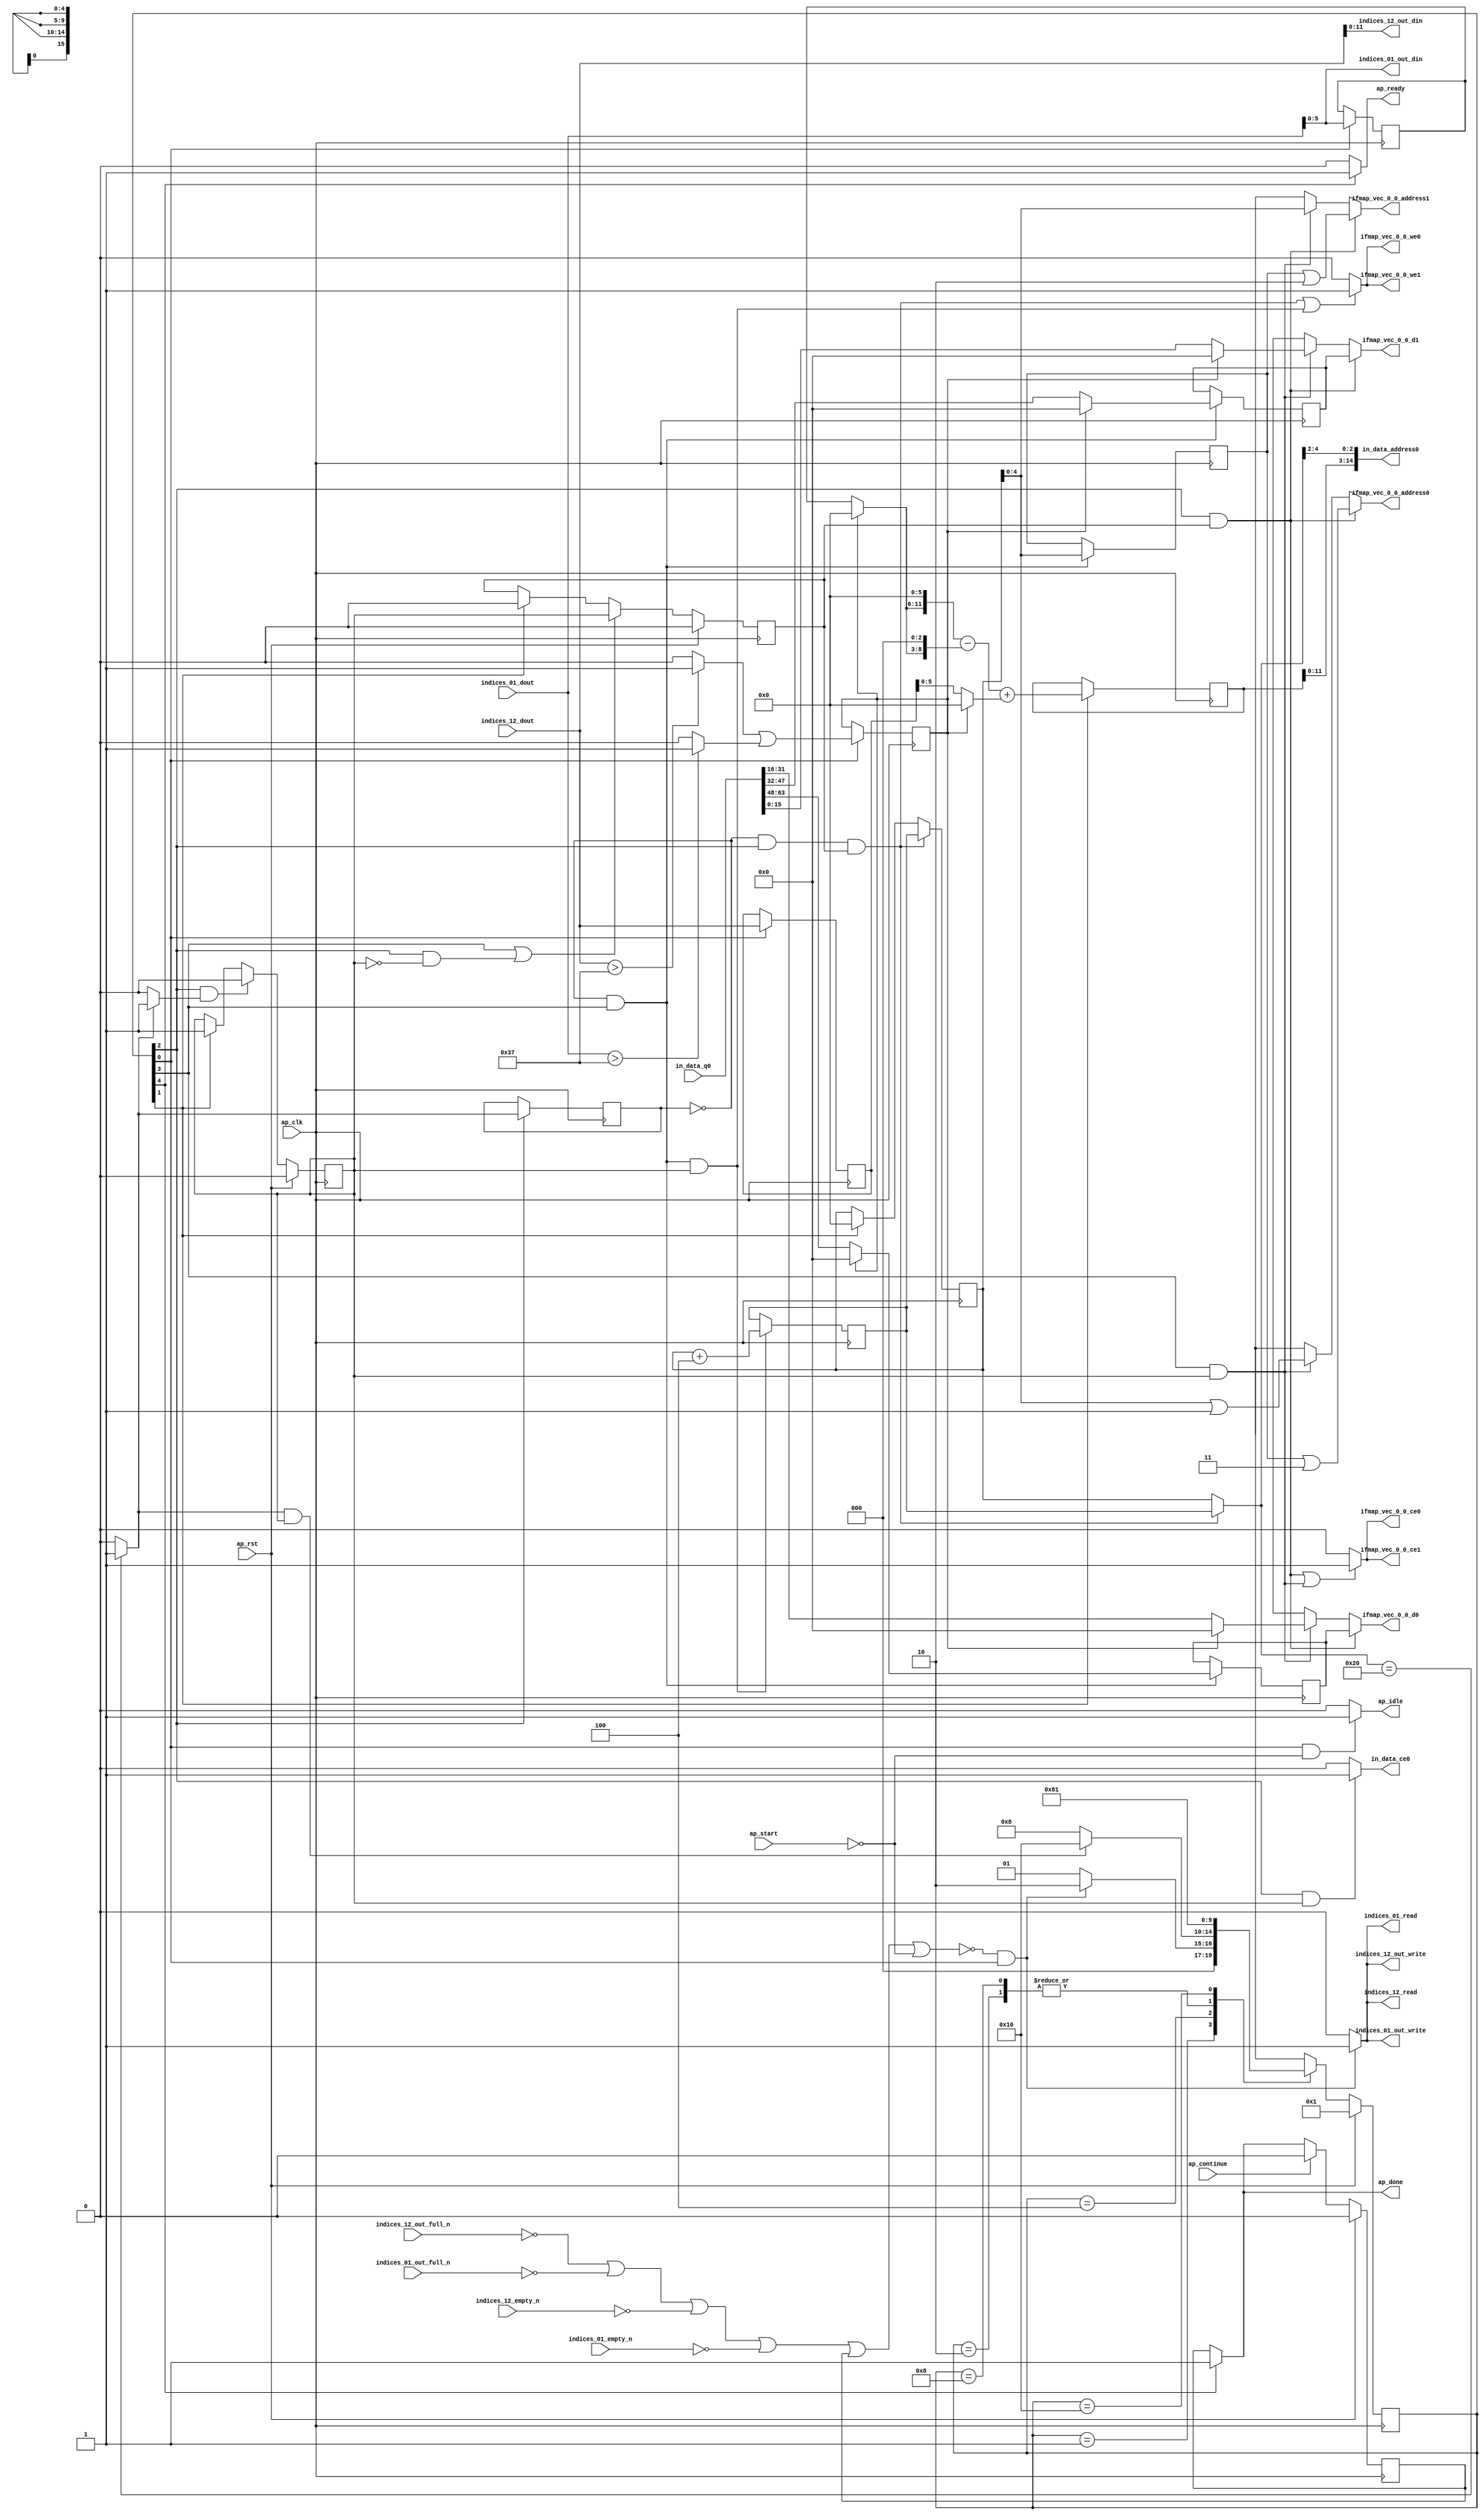
`define EXPONENT 5
`define MANTISSA 10
`define ACTUAL_MANTISSA 11
`define EXPONENT_LSB 10
`define EXPONENT_MSB 14
`define MANTISSA_LSB 0
`define MANTISSA_MSB 9
`define MANTISSA_MUL_SPLIT_LSB 3
`define MANTISSA_MUL_SPLIT_MSB 9
`define SIGN 1
`define SIGN_LOC 15
`define DWIDTH (`SIGN+`EXPONENT+`MANTISSA)
`define IEEE_COMPLIANCE 1

module td_fused_top_tdf3_readInputs (
        ap_clk,
        ap_rst,
        ap_start,
        ap_done,
        ap_continue,
        ap_idle,
        ap_ready,
        in_data_address0,
        in_data_ce0,
        in_data_q0,
        indices_01_dout,
        indices_01_empty_n,
        indices_01_read,
        indices_12_dout,
        indices_12_empty_n,
        indices_12_read,
        ifmap_vec_0_0_address0,
        ifmap_vec_0_0_ce0,
        ifmap_vec_0_0_we0,
        ifmap_vec_0_0_d0,
        ifmap_vec_0_0_address1,
        ifmap_vec_0_0_ce1,
        ifmap_vec_0_0_we1,
        ifmap_vec_0_0_d1,
        indices_01_out_din,
        indices_01_out_full_n,
        indices_01_out_write,
        indices_12_out_din,
        indices_12_out_full_n,
        indices_12_out_write
);

parameter    ap_ST_fsm_state1 = 5'd1;
parameter    ap_ST_fsm_state2 = 5'd2;
parameter    ap_ST_fsm_pp0_stage0 = 5'd4;
parameter    ap_ST_fsm_pp0_stage1 = 5'd8;
parameter    ap_ST_fsm_state6 = 5'd16;

input   ap_clk;
input   ap_rst;
input   ap_start;
output   ap_done;
input   ap_continue;
output   ap_idle;
output   ap_ready;
output  [14:0] in_data_address0;
output   in_data_ce0;
input  [63:0] in_data_q0;
input  [15:0] indices_01_dout;
input   indices_01_empty_n;
output   indices_01_read;
input  [15:0] indices_12_dout;
input   indices_12_empty_n;
output   indices_12_read;
output  [4:0] ifmap_vec_0_0_address0;
output   ifmap_vec_0_0_ce0;
output   ifmap_vec_0_0_we0;
output  [15:0] ifmap_vec_0_0_d0;
output  [4:0] ifmap_vec_0_0_address1;
output   ifmap_vec_0_0_ce1;
output   ifmap_vec_0_0_we1;
output  [15:0] ifmap_vec_0_0_d1;
output  [5:0] indices_01_out_din;
input   indices_01_out_full_n;
output   indices_01_out_write;
output  [11:0] indices_12_out_din;
input   indices_12_out_full_n;
output   indices_12_out_write;

reg ap_done;
reg ap_idle;
reg ap_ready;
reg in_data_ce0;
reg indices_01_read;
reg indices_12_read;
reg[4:0] ifmap_vec_0_0_address0;
reg ifmap_vec_0_0_ce0;
reg ifmap_vec_0_0_we0;
reg[15:0] ifmap_vec_0_0_d0;
reg[4:0] ifmap_vec_0_0_address1;
reg ifmap_vec_0_0_ce1;
reg ifmap_vec_0_0_we1;
reg[15:0] ifmap_vec_0_0_d1;
reg indices_01_out_write;
reg indices_12_out_write;

reg    ap_done_reg;
  reg   [4:0] ap_CS_fsm;
wire    ap_CS_fsm_state1;
reg    indices_01_blk_n;
reg    indices_12_blk_n;
reg    indices_01_out_blk_n;
reg    indices_12_out_blk_n;
reg   [5:0] kk_0_i_i_reg_178;
wire   [5:0] trunc_ln165_fu_190_p1;
reg   [5:0] trunc_ln165_reg_432;
reg   [15:0] col_coord_reg_437;
wire   [0:0] is_padding_fu_212_p2;
reg   [0:0] is_padding_reg_442;
wire   [13:0] add_ln32_fu_272_p2;
reg   [13:0] add_ln32_reg_452;
wire    ap_CS_fsm_state2;
wire   [0:0] icmp_ln25_fu_278_p2;
reg   [0:0] icmp_ln25_reg_457;
wire    ap_CS_fsm_pp0_stage0;
wire    ap_block_state3_pp0_stage0_iter0;
wire    ap_block_state5_pp0_stage0_iter1;
wire    ap_block_pp0_stage0_11001;
wire   [5:0] add_ln25_fu_306_p2;
reg   [5:0] add_ln25_reg_466;
wire    ap_CS_fsm_pp0_stage1;
reg    ap_enable_reg_pp0_iter0;
wire    ap_block_state4_pp0_stage1_iter0;
wire    ap_block_pp0_stage1_11001;
wire   [4:0] empty_117_fu_317_p1;
reg   [4:0] empty_117_reg_471;
wire   [15:0] select_ln33_16_fu_384_p3;
reg   [15:0] select_ln33_16_reg_477;
wire   [15:0] select_ln33_17_fu_405_p3;
reg   [15:0] select_ln33_17_reg_482;
wire    ap_block_pp0_stage0_subdone;
reg    ap_condition_pp0_exit_iter0_state3;
reg    ap_enable_reg_pp0_iter1;
wire    ap_block_pp0_stage1_subdone;
reg   [5:0] ap_phi_mux_kk_0_i_i_phi_fu_182_p4;
wire    ap_block_pp0_stage0;
wire   [63:0] sext_ln32_fu_301_p1;
wire   [63:0] kk_0_cast4_i_i_fu_312_p1;
wire    ap_block_pp0_stage1;
wire   [63:0] zext_ln32_13_fu_343_p1;
wire   [63:0] zext_ln32_14_fu_417_p1;
wire   [63:0] zext_ln32_15_fu_427_p1;
reg    ap_block_state1;
wire   [15:0] select_ln33_fu_329_p3;
wire   [15:0] select_ln33_15_fu_362_p3;
wire   [0:0] cmp7_i_i_fu_200_p2;
wire   [0:0] icmp_ln24_fu_206_p2;
wire   [5:0] empty_115_fu_218_p1;
wire   [5:0] row_coord_int_fu_221_p3;
wire   [11:0] tmp_fu_234_p3;
wire   [8:0] tmp_s_fu_246_p3;
wire   [12:0] zext_ln32_fu_242_p1;
wire   [12:0] zext_ln32_34_fu_254_p1;
wire   [12:0] sub_ln32_fu_258_p2;
wire   [5:0] col_coord_int_fu_227_p3;
wire   [13:0] sub_ln32_cast_fu_264_p1;
wire   [13:0] zext_ln32_35_fu_268_p1;
wire   [2:0] lshr_ln_fu_284_p4;
wire   [16:0] tmp_60_fu_294_p3;
wire   [15:0] trunc_ln32_fu_321_p1;
wire   [15:0] bitcast_ln32_fu_325_p1;
wire   [4:0] or_ln25_fu_337_p2;
wire   [15:0] tmp_224_i_i_fu_348_p4;
wire   [15:0] bitcast_ln32_7_fu_358_p1;
wire   [15:0] tmp_225_i_i_fu_370_p4;
wire   [15:0] bitcast_ln32_8_fu_380_p1;
wire   [15:0] tmp_226_i_i_fu_391_p4;
wire   [15:0] bitcast_ln32_9_fu_401_p1;
wire   [4:0] or_ln25_5_fu_412_p2;
wire   [4:0] or_ln25_6_fu_422_p2;
wire    ap_CS_fsm_state6;
reg   [4:0] ap_NS_fsm;
reg    ap_idle_pp0;
wire    ap_enable_pp0;
wire    ap_ce_reg;

// power-on initialization
initial begin
#0 ap_done_reg = 1'b0;
#0 ap_CS_fsm = 5'd1;
#0 ap_enable_reg_pp0_iter0 = 1'b0;
#0 ap_enable_reg_pp0_iter1 = 1'b0;
end

always @ (posedge ap_clk) begin
    if (ap_rst == 1'b1) begin
        ap_CS_fsm <= ap_ST_fsm_state1;
    end else begin
        ap_CS_fsm <= ap_NS_fsm;
    end
end

always @ (posedge ap_clk) begin
    if (ap_rst == 1'b1) begin
        ap_done_reg <= 1'b0;
    end else begin
        if ((ap_continue == 1'b1)) begin
            ap_done_reg <= 1'b0;
        end else if ((1'b1 == ap_CS_fsm_state6)) begin
            ap_done_reg <= 1'b1;
        end
    end
end

always @ (posedge ap_clk) begin
    if (ap_rst == 1'b1) begin
        ap_enable_reg_pp0_iter0 <= 1'b0;
    end else begin
        if (((1'b0 == ap_block_pp0_stage0_subdone) & (1'b1 == ap_CS_fsm_pp0_stage0) & (1'b1 == ap_condition_pp0_exit_iter0_state3))) begin
            ap_enable_reg_pp0_iter0 <= 1'b0;
        end else if ((1'b1 == ap_CS_fsm_state2)) begin
            ap_enable_reg_pp0_iter0 <= 1'b1;
        end
    end
end

always @ (posedge ap_clk) begin
    if (ap_rst == 1'b1) begin
        ap_enable_reg_pp0_iter1 <= 1'b0;
    end else begin
        if ((((1'b0 == ap_block_pp0_stage1_subdone) & (1'b1 == ap_CS_fsm_pp0_stage1)) | ((1'b0 == ap_block_pp0_stage0_subdone) & (1'b1 == ap_CS_fsm_pp0_stage0) & (ap_enable_reg_pp0_iter0 == 1'b0)))) begin
            ap_enable_reg_pp0_iter1 <= ap_enable_reg_pp0_iter0;
        end else if ((1'b1 == ap_CS_fsm_state2)) begin
            ap_enable_reg_pp0_iter1 <= 1'b0;
        end
    end
end

always @ (posedge ap_clk) begin
    if (((1'b0 == ap_block_pp0_stage0_11001) & (icmp_ln25_reg_457 == 1'd0) & (1'b1 == ap_CS_fsm_pp0_stage0) & (ap_enable_reg_pp0_iter1 == 1'b1))) begin
        kk_0_i_i_reg_178 <= add_ln25_reg_466;
    end else if ((1'b1 == ap_CS_fsm_state2)) begin
        kk_0_i_i_reg_178 <= 6'd0;
    end
end

always @ (posedge ap_clk) begin
    if (((1'b0 == ap_block_pp0_stage1_11001) & (icmp_ln25_reg_457 == 1'd0) & (1'b1 == ap_CS_fsm_pp0_stage1) & (ap_enable_reg_pp0_iter0 == 1'b1))) begin
        add_ln25_reg_466 <= add_ln25_fu_306_p2;
    end
end

always @ (posedge ap_clk) begin
    if ((1'b1 == ap_CS_fsm_state2)) begin
        add_ln32_reg_452 <= add_ln32_fu_272_p2;
    end
end

always @ (posedge ap_clk) begin
    if ((1'b1 == ap_CS_fsm_state1)) begin
        col_coord_reg_437 <= indices_12_dout;
        is_padding_reg_442 <= is_padding_fu_212_p2;
        trunc_ln165_reg_432 <= trunc_ln165_fu_190_p1;
    end
end

always @ (posedge ap_clk) begin
    if (((1'b0 == ap_block_pp0_stage1_11001) & (icmp_ln25_reg_457 == 1'd0) & (1'b1 == ap_CS_fsm_pp0_stage1))) begin
        empty_117_reg_471 <= empty_117_fu_317_p1;
        select_ln33_16_reg_477 <= select_ln33_16_fu_384_p3;
        select_ln33_17_reg_482 <= select_ln33_17_fu_405_p3;
    end
end

always @ (posedge ap_clk) begin
    if (((1'b0 == ap_block_pp0_stage0_11001) & (1'b1 == ap_CS_fsm_pp0_stage0))) begin
        icmp_ln25_reg_457 <= icmp_ln25_fu_278_p2;
    end
end

always @ (*) begin
    if ((icmp_ln25_fu_278_p2 == 1'd1)) begin
        ap_condition_pp0_exit_iter0_state3 = 1'b1;
    end else begin
        ap_condition_pp0_exit_iter0_state3 = 1'b0;
    end
end

always @ (*) begin
    if ((1'b1 == ap_CS_fsm_state6)) begin
        ap_done = 1'b1;
    end else begin
        ap_done = ap_done_reg;
    end
end

always @ (*) begin
    if (((1'b1 == ap_CS_fsm_state1) & (ap_start == 1'b0))) begin
        ap_idle = 1'b1;
    end else begin
        ap_idle = 1'b0;
    end
end

always @ (*) begin
    if (((ap_enable_reg_pp0_iter1 == 1'b0) & (ap_enable_reg_pp0_iter0 == 1'b0))) begin
        ap_idle_pp0 = 1'b1;
    end else begin
        ap_idle_pp0 = 1'b0;
    end
end

always @ (*) begin
    if (((1'b0 == ap_block_pp0_stage0) & (icmp_ln25_reg_457 == 1'd0) & (1'b1 == ap_CS_fsm_pp0_stage0) & (ap_enable_reg_pp0_iter1 == 1'b1))) begin
        ap_phi_mux_kk_0_i_i_phi_fu_182_p4 = add_ln25_reg_466;
    end else begin
        ap_phi_mux_kk_0_i_i_phi_fu_182_p4 = kk_0_i_i_reg_178;
    end
end

always @ (*) begin
    if ((1'b1 == ap_CS_fsm_state6)) begin
        ap_ready = 1'b1;
    end else begin
        ap_ready = 1'b0;
    end
end

always @ (*) begin
    if (((1'b0 == ap_block_pp0_stage0) & (1'b1 == ap_CS_fsm_pp0_stage0) & (ap_enable_reg_pp0_iter1 == 1'b1))) begin
        ifmap_vec_0_0_address0 = zext_ln32_15_fu_427_p1;
    end else if (((1'b0 == ap_block_pp0_stage1) & (1'b1 == ap_CS_fsm_pp0_stage1) & (ap_enable_reg_pp0_iter0 == 1'b1))) begin
        ifmap_vec_0_0_address0 = zext_ln32_13_fu_343_p1;
    end else begin
        ifmap_vec_0_0_address0 = 'bx;
    end
end

always @ (*) begin
    if (((1'b0 == ap_block_pp0_stage0) & (1'b1 == ap_CS_fsm_pp0_stage0) & (ap_enable_reg_pp0_iter1 == 1'b1))) begin
        ifmap_vec_0_0_address1 = zext_ln32_14_fu_417_p1;
    end else if (((1'b0 == ap_block_pp0_stage1) & (1'b1 == ap_CS_fsm_pp0_stage1) & (ap_enable_reg_pp0_iter0 == 1'b1))) begin
        ifmap_vec_0_0_address1 = kk_0_cast4_i_i_fu_312_p1;
    end else begin
        ifmap_vec_0_0_address1 = 'bx;
    end
end

always @ (*) begin
    if ((((1'b0 == ap_block_pp0_stage0_11001) & (1'b1 == ap_CS_fsm_pp0_stage0) & (ap_enable_reg_pp0_iter1 == 1'b1)) | ((1'b0 == ap_block_pp0_stage1_11001) & (1'b1 == ap_CS_fsm_pp0_stage1) & (ap_enable_reg_pp0_iter0 == 1'b1)))) begin
        ifmap_vec_0_0_ce0 = 1'b1;
    end else begin
        ifmap_vec_0_0_ce0 = 1'b0;
    end
end

always @ (*) begin
    if ((((1'b0 == ap_block_pp0_stage0_11001) & (1'b1 == ap_CS_fsm_pp0_stage0) & (ap_enable_reg_pp0_iter1 == 1'b1)) | ((1'b0 == ap_block_pp0_stage1_11001) & (1'b1 == ap_CS_fsm_pp0_stage1) & (ap_enable_reg_pp0_iter0 == 1'b1)))) begin
        ifmap_vec_0_0_ce1 = 1'b1;
    end else begin
        ifmap_vec_0_0_ce1 = 1'b0;
    end
end

always @ (*) begin
    if (((1'b0 == ap_block_pp0_stage0) & (1'b1 == ap_CS_fsm_pp0_stage0) & (ap_enable_reg_pp0_iter1 == 1'b1))) begin
        ifmap_vec_0_0_d0 = select_ln33_17_reg_482;
    end else if (((1'b0 == ap_block_pp0_stage1) & (1'b1 == ap_CS_fsm_pp0_stage1) & (ap_enable_reg_pp0_iter0 == 1'b1))) begin
        ifmap_vec_0_0_d0 = select_ln33_15_fu_362_p3;
    end else begin
        ifmap_vec_0_0_d0 = 'bx;
    end
end

always @ (*) begin
    if (((1'b0 == ap_block_pp0_stage0) & (1'b1 == ap_CS_fsm_pp0_stage0) & (ap_enable_reg_pp0_iter1 == 1'b1))) begin
        ifmap_vec_0_0_d1 = select_ln33_16_reg_477;
    end else if (((1'b0 == ap_block_pp0_stage1) & (1'b1 == ap_CS_fsm_pp0_stage1) & (ap_enable_reg_pp0_iter0 == 1'b1))) begin
        ifmap_vec_0_0_d1 = select_ln33_fu_329_p3;
    end else begin
        ifmap_vec_0_0_d1 = 'bx;
    end
end

always @ (*) begin
    if ((((1'b0 == ap_block_pp0_stage0_11001) & (icmp_ln25_reg_457 == 1'd0) & (1'b1 == ap_CS_fsm_pp0_stage0) & (ap_enable_reg_pp0_iter1 == 1'b1)) | ((1'b0 == ap_block_pp0_stage1_11001) & (icmp_ln25_reg_457 == 1'd0) & (1'b1 == ap_CS_fsm_pp0_stage1) & (ap_enable_reg_pp0_iter0 == 1'b1)))) begin
        ifmap_vec_0_0_we0 = 1'b1;
    end else begin
        ifmap_vec_0_0_we0 = 1'b0;
    end
end

always @ (*) begin
    if ((((1'b0 == ap_block_pp0_stage0_11001) & (icmp_ln25_reg_457 == 1'd0) & (1'b1 == ap_CS_fsm_pp0_stage0) & (ap_enable_reg_pp0_iter1 == 1'b1)) | ((1'b0 == ap_block_pp0_stage1_11001) & (icmp_ln25_reg_457 == 1'd0) & (1'b1 == ap_CS_fsm_pp0_stage1) & (ap_enable_reg_pp0_iter0 == 1'b1)))) begin
        ifmap_vec_0_0_we1 = 1'b1;
    end else begin
        ifmap_vec_0_0_we1 = 1'b0;
    end
end

always @ (*) begin
    if (((1'b0 == ap_block_pp0_stage0_11001) & (1'b1 == ap_CS_fsm_pp0_stage0) & (ap_enable_reg_pp0_iter0 == 1'b1))) begin
        in_data_ce0 = 1'b1;
    end else begin
        in_data_ce0 = 1'b0;
    end
end

always @ (*) begin
    if ((~((ap_done_reg == 1'b1) | (ap_start == 1'b0)) & (1'b1 == ap_CS_fsm_state1))) begin
        indices_01_blk_n = indices_01_empty_n;
    end else begin
        indices_01_blk_n = 1'b1;
    end
end

always @ (*) begin
    if ((~((ap_done_reg == 1'b1) | (ap_start == 1'b0)) & (1'b1 == ap_CS_fsm_state1))) begin
        indices_01_out_blk_n = indices_01_out_full_n;
    end else begin
        indices_01_out_blk_n = 1'b1;
    end
end

always @ (*) begin
    if ((~((indices_12_out_full_n == 1'b0) | (indices_01_out_full_n == 1'b0) | (indices_12_empty_n == 1'b0) | (indices_01_empty_n == 1'b0) | (ap_done_reg == 1'b1) | (ap_start == 1'b0)) & (1'b1 == ap_CS_fsm_state1))) begin
        indices_01_out_write = 1'b1;
    end else begin
        indices_01_out_write = 1'b0;
    end
end

always @ (*) begin
    if ((~((indices_12_out_full_n == 1'b0) | (indices_01_out_full_n == 1'b0) | (indices_12_empty_n == 1'b0) | (indices_01_empty_n == 1'b0) | (ap_done_reg == 1'b1) | (ap_start == 1'b0)) & (1'b1 == ap_CS_fsm_state1))) begin
        indices_01_read = 1'b1;
    end else begin
        indices_01_read = 1'b0;
    end
end

always @ (*) begin
    if ((~((ap_done_reg == 1'b1) | (ap_start == 1'b0)) & (1'b1 == ap_CS_fsm_state1))) begin
        indices_12_blk_n = indices_12_empty_n;
    end else begin
        indices_12_blk_n = 1'b1;
    end
end

always @ (*) begin
    if ((~((ap_done_reg == 1'b1) | (ap_start == 1'b0)) & (1'b1 == ap_CS_fsm_state1))) begin
        indices_12_out_blk_n = indices_12_out_full_n;
    end else begin
        indices_12_out_blk_n = 1'b1;
    end
end

always @ (*) begin
    if ((~((indices_12_out_full_n == 1'b0) | (indices_01_out_full_n == 1'b0) | (indices_12_empty_n == 1'b0) | (indices_01_empty_n == 1'b0) | (ap_done_reg == 1'b1) | (ap_start == 1'b0)) & (1'b1 == ap_CS_fsm_state1))) begin
        indices_12_out_write = 1'b1;
    end else begin
        indices_12_out_write = 1'b0;
    end
end

always @ (*) begin
    if ((~((indices_12_out_full_n == 1'b0) | (indices_01_out_full_n == 1'b0) | (indices_12_empty_n == 1'b0) | (indices_01_empty_n == 1'b0) | (ap_done_reg == 1'b1) | (ap_start == 1'b0)) & (1'b1 == ap_CS_fsm_state1))) begin
        indices_12_read = 1'b1;
    end else begin
        indices_12_read = 1'b0;
    end
end

always @ (*) begin
    case (ap_CS_fsm)
        ap_ST_fsm_state1 : begin
            if ((~((indices_12_out_full_n == 1'b0) | (indices_01_out_full_n == 1'b0) | (indices_12_empty_n == 1'b0) | (indices_01_empty_n == 1'b0) | (ap_done_reg == 1'b1) | (ap_start == 1'b0)) & (1'b1 == ap_CS_fsm_state1))) begin
                ap_NS_fsm = ap_ST_fsm_state2;
            end else begin
                ap_NS_fsm = ap_ST_fsm_state1;
            end
        end
        ap_ST_fsm_state2 : begin
            ap_NS_fsm = ap_ST_fsm_pp0_stage0;
        end
        ap_ST_fsm_pp0_stage0 : begin
            if ((~((1'b0 == ap_block_pp0_stage0_subdone) & (icmp_ln25_fu_278_p2 == 1'd1) & (ap_enable_reg_pp0_iter0 == 1'b1)) & (1'b0 == ap_block_pp0_stage0_subdone))) begin
                ap_NS_fsm = ap_ST_fsm_pp0_stage1;
            end else if (((1'b0 == ap_block_pp0_stage0_subdone) & (icmp_ln25_fu_278_p2 == 1'd1) & (ap_enable_reg_pp0_iter0 == 1'b1))) begin
                ap_NS_fsm = ap_ST_fsm_state6;
            end else begin
                ap_NS_fsm = ap_ST_fsm_pp0_stage0;
            end
        end
        ap_ST_fsm_pp0_stage1 : begin
            if ((1'b0 == ap_block_pp0_stage1_subdone)) begin
                ap_NS_fsm = ap_ST_fsm_pp0_stage0;
            end else begin
                ap_NS_fsm = ap_ST_fsm_pp0_stage1;
            end
        end
        ap_ST_fsm_state6 : begin
            ap_NS_fsm = ap_ST_fsm_state1;
        end
        default : begin
            ap_NS_fsm = 'bx;
        end
    endcase
end

assign add_ln25_fu_306_p2 = (kk_0_i_i_reg_178 + 6'd4);

assign add_ln32_fu_272_p2 = ((sub_ln32_cast_fu_264_p1) + (zext_ln32_35_fu_268_p1));

assign ap_CS_fsm_pp0_stage0 = ap_CS_fsm[32'd2];

assign ap_CS_fsm_pp0_stage1 = ap_CS_fsm[32'd3];

assign ap_CS_fsm_state1 = ap_CS_fsm[32'd0];

assign ap_CS_fsm_state2 = ap_CS_fsm[32'd1];

assign ap_CS_fsm_state6 = ap_CS_fsm[32'd4];

assign ap_block_pp0_stage0 = ~(1'b1 == 1'b1);

assign ap_block_pp0_stage0_11001 = ~(1'b1 == 1'b1);

assign ap_block_pp0_stage0_subdone = ~(1'b1 == 1'b1);

assign ap_block_pp0_stage1 = ~(1'b1 == 1'b1);

assign ap_block_pp0_stage1_11001 = ~(1'b1 == 1'b1);

assign ap_block_pp0_stage1_subdone = ~(1'b1 == 1'b1);

always @ (*) begin
    ap_block_state1 = ((indices_12_out_full_n == 1'b0) | (indices_01_out_full_n == 1'b0) | (indices_12_empty_n == 1'b0) | (indices_01_empty_n == 1'b0) | (ap_done_reg == 1'b1) | (ap_start == 1'b0));
end

assign ap_block_state3_pp0_stage0_iter0 = ~(1'b1 == 1'b1);

assign ap_block_state4_pp0_stage1_iter0 = ~(1'b1 == 1'b1);

assign ap_block_state5_pp0_stage0_iter1 = ~(1'b1 == 1'b1);

assign ap_enable_pp0 = (ap_idle_pp0 ^ 1'b1);

assign bitcast_ln32_7_fu_358_p1 = tmp_224_i_i_fu_348_p4;

assign bitcast_ln32_8_fu_380_p1 = tmp_225_i_i_fu_370_p4;

assign bitcast_ln32_9_fu_401_p1 = tmp_226_i_i_fu_391_p4;

assign bitcast_ln32_fu_325_p1 = trunc_ln32_fu_321_p1;

assign cmp7_i_i_fu_200_p2 = ((indices_01_dout > 16'd55) ? 1'b1 : 1'b0);

assign col_coord_int_fu_227_p3 = ((is_padding_reg_442[0:0] == 1'b1) ? 6'd0 : empty_115_fu_218_p1);

assign empty_115_fu_218_p1 = col_coord_reg_437[5:0];

assign empty_117_fu_317_p1 = kk_0_i_i_reg_178[4:0];

assign icmp_ln24_fu_206_p2 = ((indices_12_dout > 16'd55) ? 1'b1 : 1'b0);

assign icmp_ln25_fu_278_p2 = ((ap_phi_mux_kk_0_i_i_phi_fu_182_p4 == 6'd32) ? 1'b1 : 1'b0);

assign in_data_address0 = sext_ln32_fu_301_p1;

assign indices_01_out_din = indices_01_dout[5:0];

assign indices_12_out_din = indices_12_dout[11:0];

assign is_padding_fu_212_p2 = (icmp_ln24_fu_206_p2 | cmp7_i_i_fu_200_p2);

assign kk_0_cast4_i_i_fu_312_p1 = kk_0_i_i_reg_178;

assign lshr_ln_fu_284_p4 = {{ap_phi_mux_kk_0_i_i_phi_fu_182_p4[4:2]}};

assign or_ln25_5_fu_412_p2 = (empty_117_reg_471 | 5'd2);

assign or_ln25_6_fu_422_p2 = (empty_117_reg_471 | 5'd3);

assign or_ln25_fu_337_p2 = (empty_117_fu_317_p1 | 5'd1);

assign row_coord_int_fu_221_p3 = ((is_padding_reg_442[0:0] == 1'b1) ? 6'd0 : trunc_ln165_reg_432);

assign select_ln33_15_fu_362_p3 = ((is_padding_reg_442[0:0] == 1'b1) ? 16'd0 : bitcast_ln32_7_fu_358_p1);

assign select_ln33_16_fu_384_p3 = ((is_padding_reg_442[0:0] == 1'b1) ? 16'd0 : bitcast_ln32_8_fu_380_p1);

assign select_ln33_17_fu_405_p3 = ((is_padding_reg_442[0:0] == 1'b1) ? 16'd0 : bitcast_ln32_9_fu_401_p1);

assign select_ln33_fu_329_p3 = ((is_padding_reg_442[0:0] == 1'b1) ? 16'd0 : bitcast_ln32_fu_325_p1);

assign sext_ln32_fu_301_p1 = (tmp_60_fu_294_p3);

assign sub_ln32_cast_fu_264_p1 = (sub_ln32_fu_258_p2);

assign sub_ln32_fu_258_p2 = (zext_ln32_fu_242_p1 - zext_ln32_34_fu_254_p1);

assign tmp_224_i_i_fu_348_p4 = {{in_data_q0[31:16]}};

assign tmp_225_i_i_fu_370_p4 = {{in_data_q0[47:32]}};

assign tmp_226_i_i_fu_391_p4 = {{in_data_q0[63:48]}};

assign tmp_60_fu_294_p3 = {{add_ln32_reg_452}, {lshr_ln_fu_284_p4}};

assign tmp_fu_234_p3 = {{row_coord_int_fu_221_p3}, {6'd0}};

assign tmp_s_fu_246_p3 = {{row_coord_int_fu_221_p3}, {3'd0}};

assign trunc_ln165_fu_190_p1 = indices_01_dout[5:0];

assign trunc_ln32_fu_321_p1 = in_data_q0[15:0];

assign zext_ln32_13_fu_343_p1 = or_ln25_fu_337_p2;

assign zext_ln32_14_fu_417_p1 = or_ln25_5_fu_412_p2;

assign zext_ln32_15_fu_427_p1 = or_ln25_6_fu_422_p2;

assign zext_ln32_34_fu_254_p1 = tmp_s_fu_246_p3;

assign zext_ln32_35_fu_268_p1 = col_coord_int_fu_227_p3;

assign zext_ln32_fu_242_p1 = tmp_fu_234_p3;

endmodule //td_fused_top_tdf3_readInputs